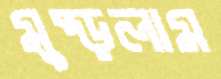
মুষ্‌ড়লাম